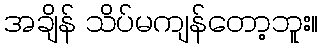
အချိန် သိပ်မကျန်တော့ဘူး။